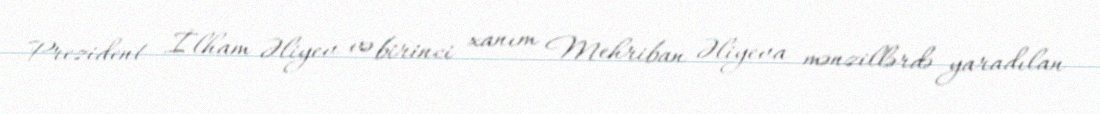
Prezident İlham Əliyev və birinci xanım Mehriban Əliyeva mənzillərdə yaradılan